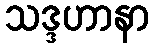
သဒ္ဒဟာနာ